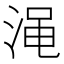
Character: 渑